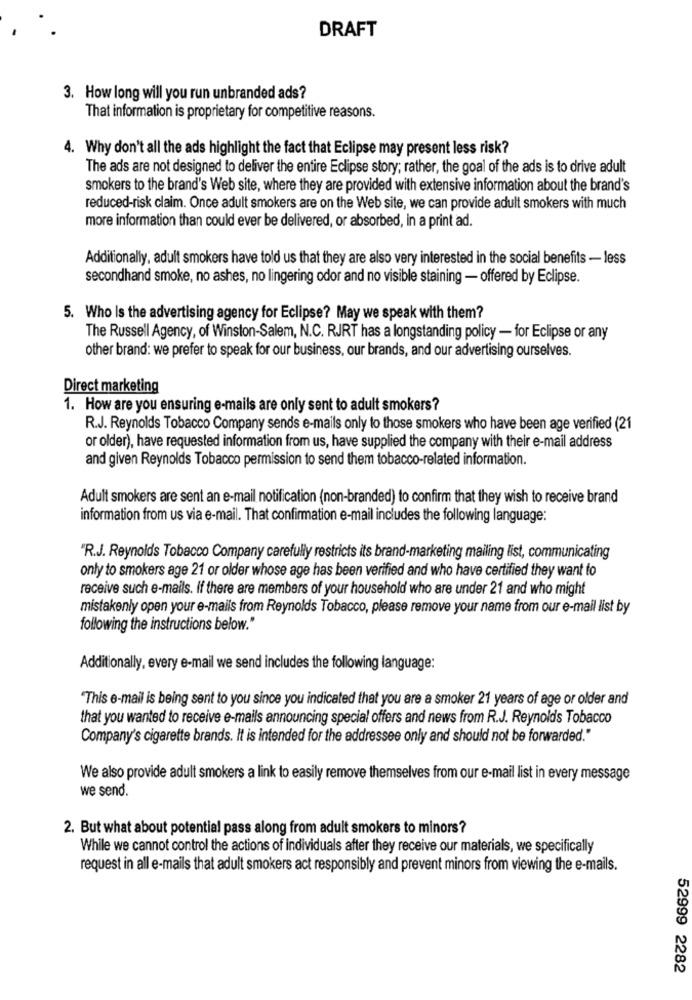
DRAFT
3. How long will you run unbranded ads?
That information is proprietary for competitive reasons.
4. Why don't all the ads highlight the fact that Eclipse may present less risk?
The ads are not designed to deliver the entire Eclipse story; rather, the goal of the ads is to drive adult
smokers to the brand's Web site, where they are provided with extensive information about the brand's
reduced-risk claim. Once adult smokers are on the Web site, we can provide adult smokers with much
more information than could ever be delivered, or absorbed, in a print ad.
Additionally, adult smokers have told us that they are also very interested in the social benefits - less
secondhand smoke, no ashes, no lingering odor and no visible staining - offered by Eclipse.
5. Who Is the advertising agency for Eclipse? May we speak with them?
The Russell Agency, of Winston-Salem, N.C. RJRT has a longstanding policy - for Eclipse or any
other brand: we prefer to speak for our business, our brands, and our advertising ourselves.
Direct marketing
1. How are you ensuring e-mails are only sent to adult smokers?
R.J. Reynolds Tobacco Company sends e-mails only to those smokers who have been age verified (21
or older), have requested information from us, have supplied the company with their e-mail address
and given Reynolds Tobacco permission to send them tobacco-related information.
Adult smokers are sent an e-mail notification (non-branded) to confirm that they wish to receive brand
information from us via e-mail. That confirmation e-mail includes the following language:
"R.J. Reynolds Tobacco Company carefully restricts its brand-marketing mailing list, communicating
only to smokers age 21 or older whose age has been verified and who have certified they want to
receive such e-mails. If there are members of your household who are under 21 and who might
mistakenly open your e-mails from Reynolds Tobacco, please remove your name from our e-mail list by
following the instructions below."
Additionally, every e-mail we send includes the following language:
"This e-mail is being sent to you since you indicated that you are a smoker 21 years of age or older and
that you wanted to receive e-mails announcing special offers and news from R.J. Reynolds Tobacco
Company's cigarette brands. It is intended for the addressee only and should not be forwarded."
We also provide adult smokers a link to easily remove themselves from our e-mail list in every message
we send.
2. But what about potential pass along from adult smokers to minors?
While we cannot control the actions of individuals after they receive our materials, we specifically
request in all e-mails that adult smokers act responsibly and prevent minors from viewing the e-mails.
52999 2282